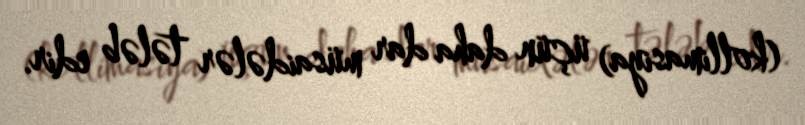
(kollimasiya) üçün daha dar müsaidələr tələb edir.